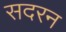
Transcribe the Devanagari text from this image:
सदरन